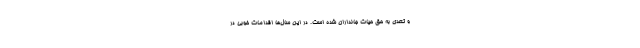
و تعدی به حق حیات جانداران شده است. در این سال‌ها اقدامات خوبی در